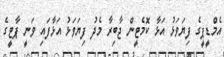
އެމްޑީޕީގެ ފިޔަވަޅު އަޅާ ކޮމެޓީން ޖާބިރާ މެދު ފިޔަވަޅު އަޅާފައި ވަނީ ޕާޓީގެ